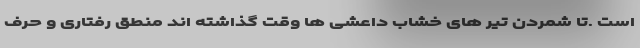
است .تا شمردن تیر های خشاب داعشی ها وقت گذاشته اند منطق رفتاری و حرف